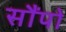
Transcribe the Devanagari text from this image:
सौंपो